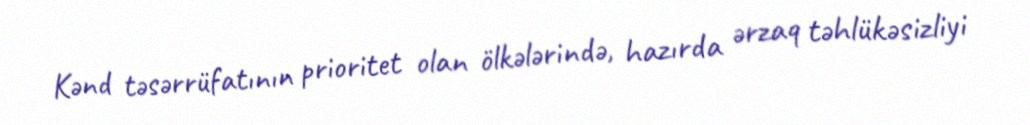
Kənd təsərrüfatının prioritet olan ölkələrində, hazırda ərzaq təhlükəsizliyi